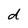
Character: d